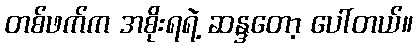
တစ်ဖက်က အစိုးရရဲ့ ဆန္ဒတော့ ပေါ်တယ်။